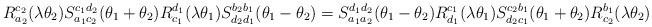
LaTeX: \begin{align*}R_{a_2}^{c_2}(\lambda\theta_2)S_{a_1 c_2}^{c_1 d_2}(\theta_1+\theta_2)R_{c_1}^{d_1}(\lambda\theta_1)S_{d_2 d_1}^{b_2 b_1}(\theta_1 -\theta_2) = S_{a_1 a_2}^{d_1 d_2}(\theta_1-\theta_2)R_{d_1}^{c_1}(\lambda\theta_1)S_{d_2 c_1}^{c_2 b_1}(\theta_1 + \theta_2)R_{c_2}^{b_1}(\lambda\theta_2)\end{align*}